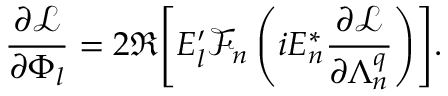
\frac { \partial \mathcal { L } } { \partial \Phi _ { l } } = 2 \Re { \left[ E _ { l } ^ { \prime } \mathcal { F } _ { n } \left( i E _ { n } ^ { * } \frac { \partial \mathcal { L } } { \partial \Lambda _ { n } ^ { q } } \right) \right] } .